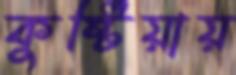
কুষ্টিয়ায়